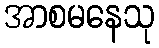
အာစမနေသု